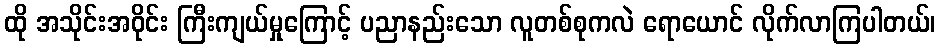
ထို အသိုင်းအဝိုင်း ကြီးကျယ်မှုကြောင့် ပညာနည်းသော လူတစ်စုကလဲ ရောယောင် လိုက်လာကြပါတယ်၊